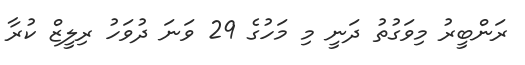
ރަންބީރު މިވަގުތު ދަނީ މި މަހުގެ 29 ވަނަ ދުވަހު ރިލީޒް ކުރާ